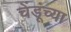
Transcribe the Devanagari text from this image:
चेंडूंच्या